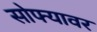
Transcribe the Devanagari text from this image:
सोफ्यावर